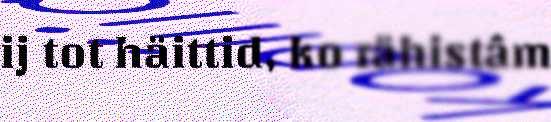
ij tot häittid, ko rähistâm